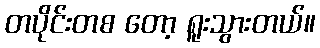
တပိုင်းတစ တော့ ရူးသွားတယ်။